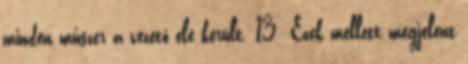
minden műszer a vezető elé került. 13 Ezek mellett megjelent